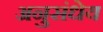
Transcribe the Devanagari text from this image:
अनुसंधेय